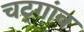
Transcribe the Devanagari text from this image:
चट्गांव